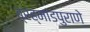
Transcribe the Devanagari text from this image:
ब्रह्मांडपुराणे